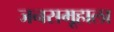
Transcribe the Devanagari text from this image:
जनसमूहाला